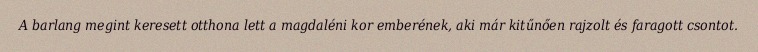
A barlang megint keresett otthona lett a magdaléni kor emberének, aki már kitűnően rajzolt és faragott csontot.